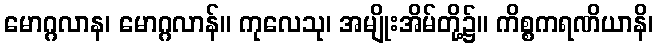
မောဂ္ဂလာန၊ မောဂ္ဂလာန်။ ကုလေသု၊ အမျိုးအိမ်တို့၌။ ကိစ္စကရဏိယာနိ၊